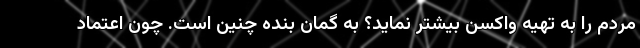
مردم را به تهیه واکسن بیشتر نماید؟ به گمان بنده چنین است. چون اعتماد